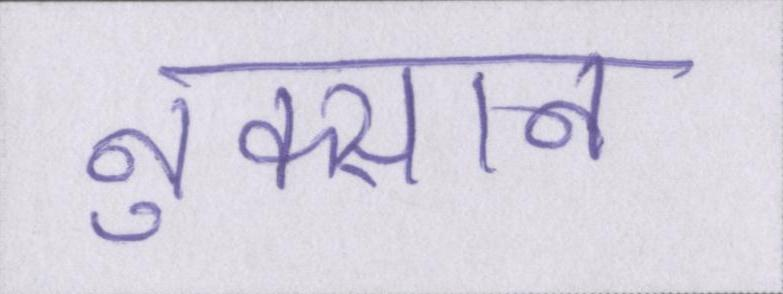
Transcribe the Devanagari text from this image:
नुक्सान